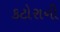
કટોરાની